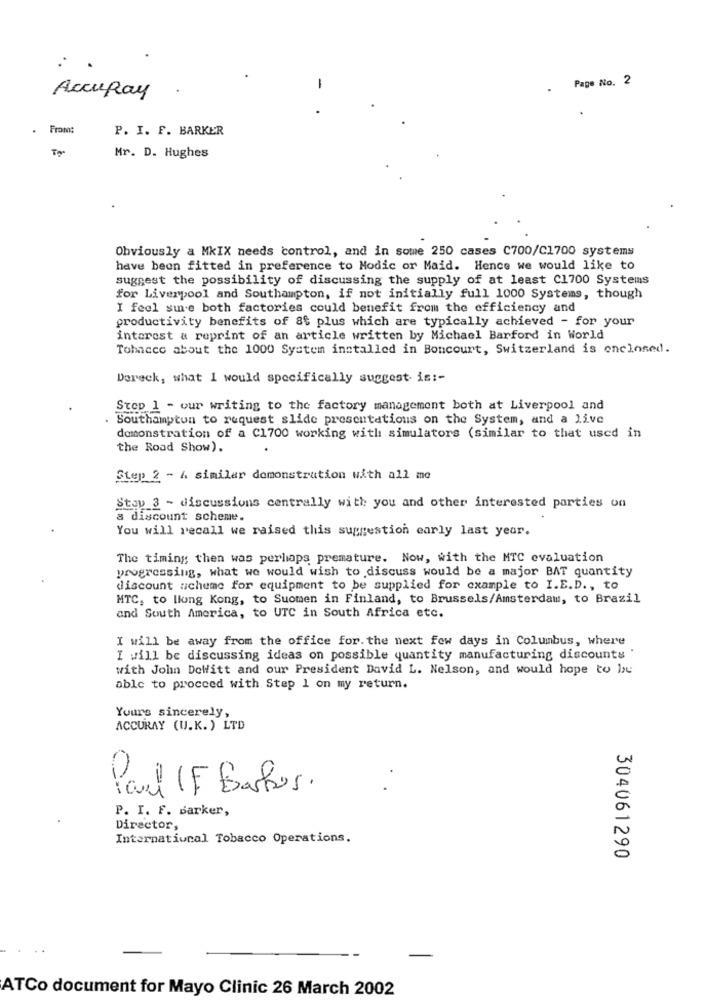
. Page No. 2
-
AccuRay
. From:
P. I. F. BARKER
Mr. D. Hughes
Obviously a MIX needs control, and in some 250 cases C700/C1700 systems
have been fitted in preference to Modic or Maid. Hence we would like to
suggest the possibility of discussing the supply of at least C1700 Systems
for Liverpool and Southampton, if not initially full 1000 Systems, though
I feel sine both factories could benefit from the efficiency and
productivity benefits of 8% plus which are typically achieved - for your
interest & reprint of an article written by Michael Barford in World
Tohnece about the 1000 System installed in Boncourt, Switzerland is enclosed.
Dereck, what I would specifically suggest- is :-
Step 1 - our writing to the factory management both at Liverpool and
. Southampton to request slide presentations on the System, and a live
demonstration of a C1700 working with simulators (similar to that used in
the Road Show).
Step 2 - A similar demonstrution with all mo
Stou 3 - discussions centrally with you and other interested parties on
a discount scheme.
You will recall we raised this suggestion early last year.
The timing then was perhaps premature. Now, with the MTC evaluation
progressing, what we would wish to discuss would be a major BAT quantity
discount scheme for equipment to be supplied for example to I.E.D ., to
MTC, to llung Kong, to Suomen in Finland, to Brussels/Amsterdam, to Brazil
and South America, to UTC in South Africa etc.
I will be away from the office for. the next few days in Columbus, where
I will be discussing ideas on possible quantity manufacturing discounts "
with John DeWitt and our President David L. Nelson, and would hope to be
able to proceed with Step 1 on my return.
Yours sincerely,
ACCURAY (U.K. ) LTD
Paul IF Bastos.
P. I. F. Barker,
Director,
International Tobacco Operations.
304061290
ATCo document for Mayo Clinic 26 March 2002